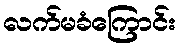
လက်မခံကြောင်း